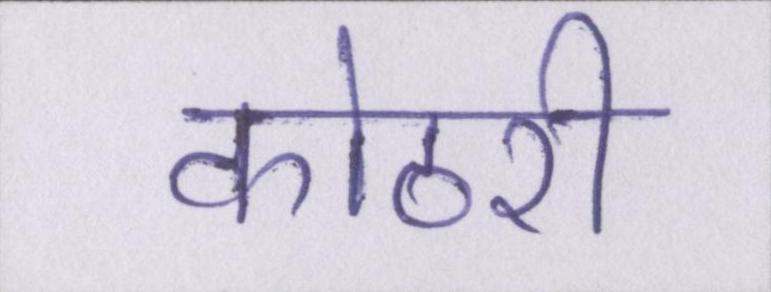
कोठरी